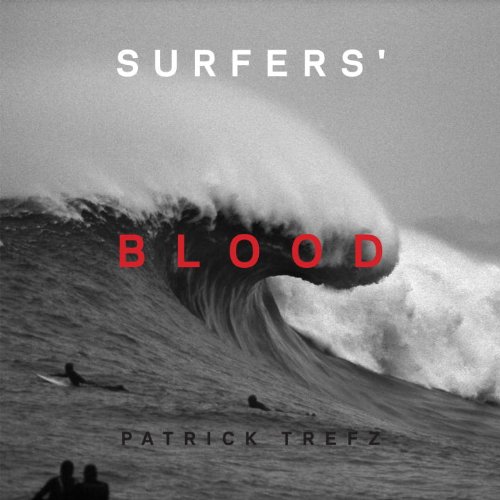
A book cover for Surfers' Blood; Patrick Trefz; Arts & Photography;